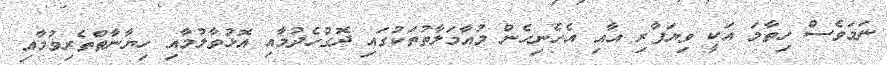
ނަމަވެސް ހިތާމަ އަކީ ވިޔަފާރި އާއި އެހެނިހެން މުއާމަލާތުތަކުގައި ދޮގުހެދުމާއި އޮޅުވާލުމާއި ހިޔާނާތްތެރިވުމާއި